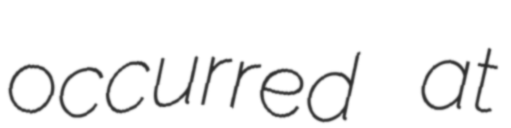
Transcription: occurred at